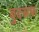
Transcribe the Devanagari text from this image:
बुदसफ़